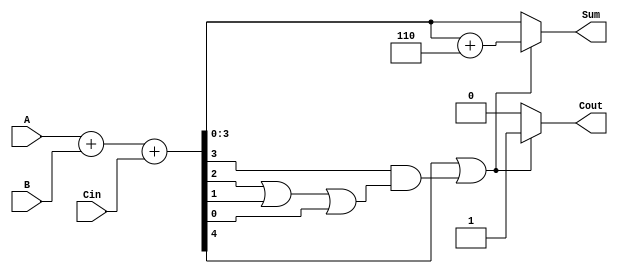
module BCD_Asynchronous_Adder (
    input  [3:0] A,      // First BCD digit input
    input  [3:0] B,      // Second BCD digit input
    input        Cin,     // Carry input
    output reg [3:0] Sum, // BCD result of the addition
    output reg Cout       // Carry output
);

    wire [4:0] S;        // 5-bit sum to accommodate carry
    wire correction_needed;

    // Step 1: Perform binary addition
    assign S = A + B + Cin;

    // Step 2: Determine if correction is needed
    assign correction_needed = (S[4] || S[3] && (S[2] || S[1] || S[0]));

    // Step 3: Calculate the BCD sum with correction if needed
    always @(*) begin
        if (correction_needed) begin
            Sum = S[3:0] + 4'b0110; // Add 6 for BCD correction
            Cout = 1;               // Set carry out
        end else begin
            Sum = S[3:0];           // No correction needed
            Cout = 0;               // No carry out
        end
    end

endmodule